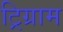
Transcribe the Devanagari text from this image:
ट्रिग्राम